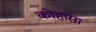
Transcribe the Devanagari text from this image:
कोहासा